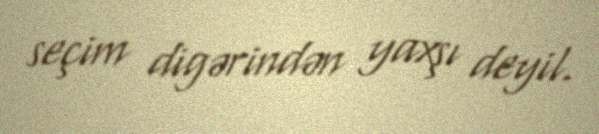
seçim digərindən yaxşı deyil.